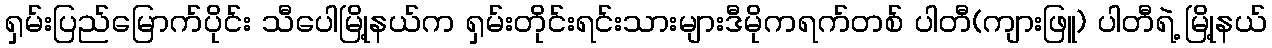
ရှမ်းပြည်မြောက်ပိုင်း သီပေါမြို့နယ်က ရှမ်းတိုင်းရင်းသားများဒီမိုကရက်တစ် ပါတီ(ကျားဖြူ) ပါတီရဲ့ မြို့နယ်